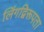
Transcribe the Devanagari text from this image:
लिंगद्विरूपता